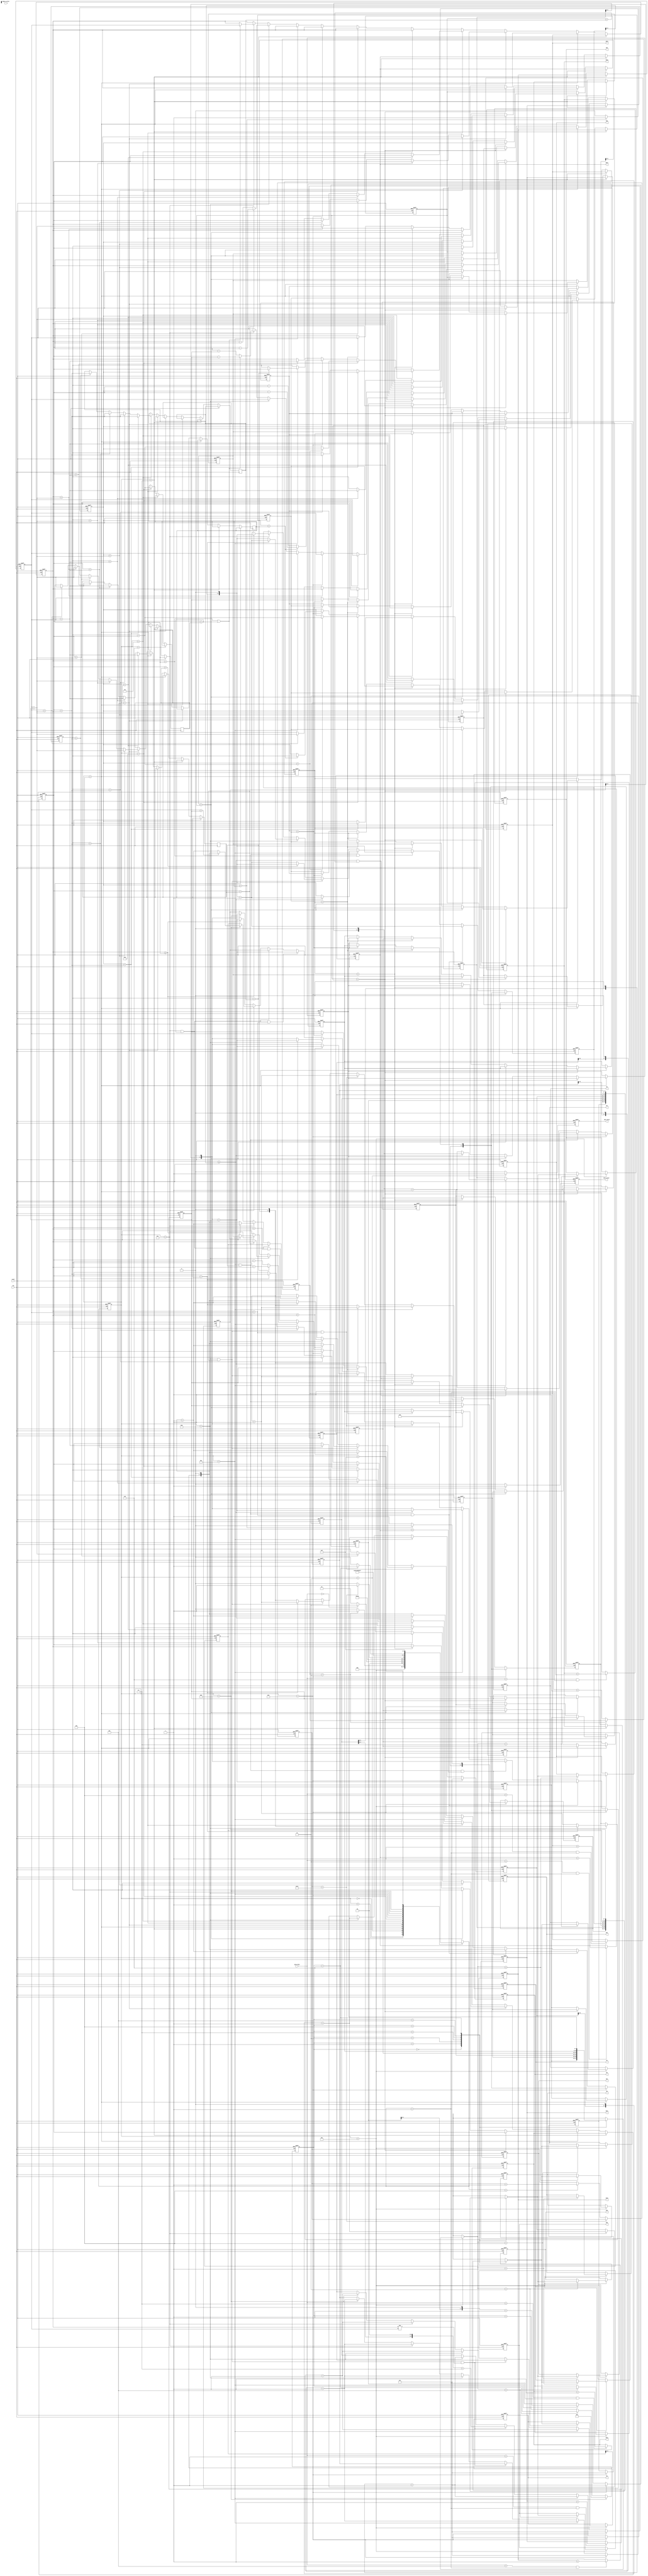
module huffman(clk, reset, gray_valid, gray_data, CNT_valid, CNT1, CNT2, CNT3, CNT4, CNT5, CNT6,code_valid, HC1, HC2, HC3, HC4, HC5, HC6, M1, M2, M3, M4, M5, M6);

input clk;
input reset;
input gray_valid;
input [7:0] gray_data;
output reg CNT_valid;
output reg [7:0] CNT1, CNT2, CNT3, CNT4, CNT5, CNT6;
output reg code_valid;
output reg [7:0] HC1, HC2, HC3, HC4, HC5, HC6;
output reg [7:0] M1, M2, M3, M4, M5, M6;
//----------------------------------------------------------------------------------
reg [2:0] counter_delay ;
reg [2:0] counter_HC ;
reg [4:0] counter_compare ;
reg [3:0] state, Next_state ;
reg [7:0] comb1_number=8'd0 ;
reg [7:0] comb2_number=8'd0 ;
reg [7:0] comb3_number=8'd0 ;
reg [7:0] comb4_number=8'd0 ;
reg [7:0] CNT_1, CNT_2, CNT_3, CNT_4, CNT_5, CNT_6 ;

reg [7:0] A [1:6] ;
reg [7:0] P [1:6] ;
reg [7:0] code [1:6] ; 
reg [7:0] M [1:6] ; 

integer i ;
parameter read_data = 4'd0 ; 
parameter count_data = 4'd1 ;
parameter count_out = 4'd2 ;
parameter give_data = 4'd3 ;
parameter compare_data = 4'd4 ;
parameter comb1 = 4'd5 ;
parameter comb2 = 4'd6 ;
parameter comb3 = 4'd7 ;
parameter comb4 = 4'd8 ;
parameter split1 = 4'd9 ;
parameter split2 = 4'd10 ;
parameter split3 = 4'd11 ;
parameter split4 = 4'd12 ;
parameter split5 = 4'd13 ;
parameter check = 4'd14 ;
parameter finish = 4'd15 ;


always @(posedge clk or posedge reset)  //delay for gray_valid
begin
	if (reset) 
	begin
	    counter_delay <= 3'd0 ;
	end
	else begin
		if (counter_delay == 3'd2)
		   counter_delay <= counter_delay ;
		else
		   counter_delay <= counter_delay + 1'd1 ;
	end
end

always @(posedge clk or posedge reset)  // counter for HC
begin
	if (reset) 
	begin
	    counter_HC <= 3'd0 ;
	end
	else begin
	   if (state == split5)
	      counter_HC <= 3'd1 ;
		else if (counter_HC == 3'd6)
		   counter_HC <= counter_HC ;
		else
		   counter_HC <= counter_HC + 1'd1 ;
	end
end

always @(posedge clk or posedge reset)  //counter for compare
begin
	if (reset) 
	begin
	    counter_compare <= 5'd0 ;
	end
	else begin
		if (counter_compare == 5'd20)
		   counter_compare <= counter_compare ;
		else if (Next_state == compare_data)
		   counter_compare <= counter_compare + 1'd1 ;
	end
end

always@ (posedge clk or posedge reset) // CN1 output
begin
	if (reset)
	    CNT1 <= 8'd0 ;
	else if (gray_data == 8'd1 && Next_state == count_data)
	    CNT1 <= CNT1 + 1'd1 ;
end

always@ (posedge clk or posedge reset) // CN2 output
begin
	if (reset)
	    CNT2 <= 8'd0 ;
	else if (gray_data == 8'd2 && Next_state == count_data)
	    CNT2 <= CNT2 + 1'd1 ;
end

always@ (posedge clk or posedge reset) // CN3 output
begin
	if (reset)
	    CNT3 <= 8'd0 ;
	else if (gray_data == 8'd3 && Next_state == count_data)
	    CNT3 <= CNT3 + 1'd1 ;
end

always@ (posedge clk or posedge reset) // CN4 output
begin
	if (reset)
	    CNT4 <= 8'd0 ;
	else if (gray_data == 8'd4 && Next_state == count_data)
	    CNT4 <= CNT4 + 1'd1 ;
end

always@ (posedge clk or posedge reset) // CN5 output
begin
	if (reset)
	    CNT5 <= 8'd0 ;
	else if (gray_data == 8'd5 && Next_state == count_data)
	    CNT5 <= CNT5 + 1'd1 ;
end

always@ (posedge clk or posedge reset) // CN6 output
begin
	if (reset)
	    CNT6 <= 8'd0 ;
	else if (gray_data == 8'd6 && Next_state == count_data)
	    CNT6 <= CNT6 + 1'd1 ;
end

always @(posedge clk or posedge reset) // code_valid output
begin
	if (reset) 
	    code_valid <= 1'd0 ;
	else 
		code_valid <= (state == finish)? 1'd1 : 1'd0 ;
end

always @(posedge clk or posedge reset) // CNT_vaild output
begin
	if (reset) 
	    CNT_valid <= 1'd0 ;
	else 
		CNT_valid <= (state == count_out)? 1'd1 : 1'd0 ;
end

always @(posedge clk or posedge reset)
begin
	if (reset)
	   state <= read_data ;
	else
	   state <= Next_state ;
end

always @(posedge clk or posedge reset) // give data for CNT_1~6
begin
 	if (reset)
 	begin
 		CNT_1 <= 8'd0 ;
 		CNT_2 <= 8'd0 ;
 		CNT_3 <= 8'd0 ;
 		CNT_4 <= 8'd0 ;
 		CNT_5 <= 8'd0 ;
 		CNT_6 <= 8'd0 ;
 	end
 	else if (state == give_data)
 	begin
 	   CNT_1 <= CNT1 ;
 		CNT_2 <= CNT2 ;
 		CNT_3 <= CNT3 ;
 		CNT_4 <= CNT4 ;
 		CNT_5 <= CNT5 ;
 		CNT_6 <= CNT6 ;
 	end
 	else if (state == compare_data)
 	begin
	   if (CNT_2 > CNT_1)
	   begin
	     	CNT_1 <= CNT_2 ;
	     	CNT_2 <= CNT_1 ;
	     	end
	   else if (CNT_3 > CNT_2)
	   begin
	     	CNT_2 <= CNT_3 ;
	     	CNT_3 <= CNT_2 ;

	    end
	    else if (CNT_4 > CNT_3)
	    begin
	     	CNT_3 <= CNT_4 ;
	     	CNT_4 <= CNT_3 ;
	   end
	   else if (CNT_5 > CNT_4)
	   begin
	     	CNT_4 <= CNT_5 ;
	     	CNT_5 <= CNT_4 ;
	   end
	   else if (CNT_6 > CNT_5)
	   begin
	     	CNT_5 <= CNT_6 ;
	     	CNT_6 <= CNT_5 ;
	   end
 	end
end

always @(posedge clk or posedge reset) // compare_data
begin
   if (reset)
   begin
      A[1]<= 8'd1 ;      
      A[2]<= 8'd2 ;
      A[3]<= 8'd3 ;
      A[4]<= 8'd4 ;
      A[5]<= 8'd5 ;
      A[6]<= 8'd6 ;      
   end
	else begin
	if (state == compare_data)
	begin
	   if (CNT_2 > CNT_1)
	   begin
	      A[1] <= A[2] ;
	      A[2] <= A[1] ;
	   end
	   else if (CNT_3 > CNT_2)
	   begin
	      A[2] <= A[3] ;
	      A[3] <= A[2] ;
	   end
	   else if (CNT_4 > CNT_3)
	   begin
	      A[3] <= A[4] ;
	      A[4] <= A[3] ;
	   end
	   else if (CNT_5 > CNT_4)
	   begin
	      A[4] <= A[5] ;
	      A[5] <= A[4] ;
	   end
	   else if (CNT_6 > CNT_5)
	   begin
	      A[5] <= A[6] ;
	      A[6] <= A[5] ;
	   end
	end
	end
end

always @(posedge clk or posedge reset) //for comb1
begin
	if (reset) 
	begin
	   for(i=1; i<7; i=i+1)
	   begin
	   	P[i] <= 8'd0 ;
	   end
	end
	else begin
	if (state == give_data)
	begin
	   P[1] <= CNT1 ;
	   P[2] <= CNT2 ;
	   P[3] <= CNT3 ;
	   P[4] <= CNT4 ;
	   P[5] <= CNT5 ;
	   P[6] <= CNT6 ;
	end
	else if (state == compare_data)
	begin
	      if (CNT_2 > CNT_1)
	      begin
	     	   P[1] <= P[2] ;
	     	   P[2] <= P[1] ;
	     	end
	      else if (CNT_3 > CNT_2)
	      begin
	     	   P[2] <= P[3] ;
	     	   P[3] <= P[2] ;
	     	end
	      else if (CNT_4 > CNT_3)
	      begin
	     	   P[3] <= P[4] ;
	     	   P[4] <= P[3] ;
	      end
	      else if (CNT_5 > CNT_4)
	      begin
	     	   P[4] <= P[5] ;
	     	   P[5] <= P[4] ;
	      end
	      else if (CNT_6 > CNT_5)
	      begin
	     	   P[5] <= P[6] ;
	     	   P[6] <= P[5] ;
	      end
	end
	else if (state == comb1)
		begin
		   if (P[1] < P[5]+P[6])
		   begin
		      comb1_number <= P[5]+P[6] ;
		      P[1] <= P[5]+P[6] ;
		      P[2] <= P[1] ;
		      P[3] <= P[2] ;
		      P[4] <= P[3] ;
		      P[5] <= P[4] ;
		   end
		   else if (P[2] < P[5]+P[6])
		   begin
		      comb1_number <= P[5]+P[6] ;
		      P[2] <= P[5]+P[6] ;
		      P[3] <= P[2] ;
		      P[4] <= P[3] ;
		      P[5] <= P[4] ;
		   end
		   else if (P[3] < P[5]+P[6])
		   begin
		      comb1_number <= P[5]+P[6] ;
		      P[3] <= P[5]+P[6] ;
		      P[4] <= P[3] ;
		      P[5] <= P[4] ;
		   end
		   else if (P[4] < P[5]+P[6])
		   begin
		      comb1_number <= P[5]+P[6] ;
		      P[4] <= P[5]+P[6] ;
		      P[5] <= P[4] ;
		   end
		   else if (P[5] < P[5]+P[6])
		   begin
		      comb1_number <= P[5]+P[6] ;
		      P[5] <= P[5]+P[6] ;
		   end
      end
      else if (state == comb2)                   // comb2
	   begin
		   if (P[1] < P[4]+P[5])
		   begin
		      comb2_number <= P[4]+P[5] ;
		      P[1] <= P[4]+P[5] ;
		      P[2] <= P[1];
		      P[3] <= P[2];
		      P[4] <= P[3];
		   end
		   else if (P[1] < P[4]+P[5])
		   begin
		      comb2_number <= P[4]+P[5] ;
		      P[1] <= P[4]+P[5] ;
		      P[2] <= P[2];
		      P[3] <= P[3];
		   end
		   else if (P[2] < P[4]+P[5])
		   begin
		      comb2_number <= P[4]+P[5] ;
		      P[2] <= P[4]+P[5] ;
		      P[3] <= P[3];
		   end
		   else if (P[3] < P[4]+P[5])
		   begin
		      comb2_number <= P[4]+P[5] ;
		      P[3] <= P[4]+P[5] ;
		      P[4] <= P[3] ;
		   end
		   else if (P[3] > P[4]+P[5 ])
		   begin
		      comb2_number <= P[4]+P[5] ;
		      P[4] <= P[4]+P[5] ;
		   end
	   end
	   else if (state == comb3)         //comb3
		begin
		   if (P[1] < P[3]+P[4])
		   begin
		      comb3_number <= P[3]+P[4] ;
		   	P[1] <= P[3]+P[4] ;
		   	P[2] <= P[1] ;
		   	P[3] <= P[2] ;
		   end 
		   else if (P[2] < P[3]+P[4])
		   begin
		      comb3_number <= P[3]+P[4] ;
		   	P[2] <= P[3]+P[4] ;
		   	P[3] <= P[2] ;
		   end
		   else if (P[2] > P[3]+P[4])
		   begin
		      comb3_number <= P[3]+P[4] ;
		   	P[3] <= P[3]+P[4] ;
		   end
		   else if (P[2] == P[3]+P[4])
		   begin
		   	comb3_number <= P[3]+P[4] ;
		   	P[3] <= P[3]+P[4] ;
		   end
      end
      else if (state == comb4)  //comb4
		begin
		   if (P[1] < P[2]+P[3]) 
		   begin
		      comb4_number <= P[2]+P[3] ;
		   	P[1] <= P[2]+P[3] ;
          	P[2] <= P[1] ;
		   end
		   else begin
		      comb4_number <= P[2]+P[3] ;
		      P[2] <= P[2]+P[3] ;
		   end
      end
      else if (state == split1) // for split1
		begin
		   if (P[1] == comb4_number)
		   begin
		      P[1] <= P[2] ;
		      P[2] <= P[1]-P[3] ;
		   end
		   else begin
		      P[2] <= P[2]-P[3] ;
		   end
	   end
	   else if (state == split2)
	   begin
		   if (P[2] == comb3_number) //for split2
		   begin
		      P[2] <= P[3] ;
		      P[3] <= P[2]-P[4] ;
		   end
		   else begin
            P[3] <= P[3]-P[4] ;
		   end
      end
      else if (state == split3) //for split3
	   begin
		   if (P[3] == comb2_number)
		   begin
		      P[3] <= P[4] ;
		      P[4] <= P[3]-P[5] ;
		   end
		   else begin
            P[4] <= P[4]-P[5] ;
		   end
      end
      else if (state == split4)
	   begin
		   if (P[4] == comb1_number || P[3] == comb1_number)
		   begin
		      P[3] <= CNT_3 ; 
		      P[4] <= P[5] ;
		      P[5] <= P[3]-P[6] ;
		   end
		   else begin
            P[5] <= P[5]-P[6] ; 
		   end
      end
	end
end

//-------------------------------------------  huffman_code
always @(posedge clk or posedge reset)  
begin
   if (reset)
   begin
   	code[1] <= 8'd0 ;
   end
   else begin
      if (state == split1)
      	code[1] <= (P[1] > comb4_number)? 8'd0 : 8'd1 ;
   end
end

always @(posedge clk or posedge reset)  
begin
   if (reset)
   begin
   	code[2] <= 8'd0 ;
   end
   else begin
      if (state == split1)
      	code[2] <= (P[1] > comb4_number)? 8'd1 : 8'd0 ;
      else if (state == split2 && P[2] == comb3_number)
         code[2] <= (P[2] >= comb3_number && CNT_2 == comb3_number)? code[2]<<1 : (code[2]<<1)+1 ;
      else if (state == split2)
      	code[2] <= (P[2] >= comb3_number)? code[2]<<1 : (code[2]<<1)+1 ;
   end
end

always @(posedge clk or posedge reset)  
begin
   if (reset)
   begin
   	code[3] <= 8'd0 ;
   end
   else begin
      if (state == split1)
      	code[3] <= (P[1] > comb4_number)? 8'd1 : 8'd0 ; 
      else if (state == split2 && P[2] == comb3_number)
         code[3] <= (P[2] >= comb3_number && CNT_2 == comb3_number)? (code[3]<<1)+1 : code[3]<<1 ;
      else if (state == split2)
         code[3] <= (P[2] >= comb3_number )? (code[3]<<1)+1 : code[3]<<1 ;
      else if (state == split3 && P[3] == comb2_number && P[4] == P[5])
         code[3] <= (code[3]<<1)+1 ;
      else if (state == split3 && P[3] == comb2_number)
         code[3] <= (P[3] > comb2_number)? (code[3]<<1)+1 : code[3]<<1 ;
      else if (state == split3)
      	code[3] <= (P[3] > comb2_number)? code[3]<<1 : (code[3]<<1)+1 ;
   end
end

always @(posedge clk or posedge reset)  
begin
   if (reset)
   begin
   	code[4] <= 8'd0 ;
   end
   else begin
      if (state == split1)
      	code[4] <= (P[1] > comb4_number)? 8'd1 : 8'd0 ;
      else if (state == split2 && P[2] == comb3_number && P[4] == P[5])
      	code[4] <= (code[4]<<1)+1 ;
      else if (state == split2 && P[2] == comb3_number && P[4] == comb1_number)
      	code[4] <= code[4]<<1 ;
      else if (state == split2)
      	code[4] <= (P[2] >= comb3_number)? (code[4]<<1)+1 : code[4]<<1 ;
      else if (state == split3 && P[3] == comb2_number)
      	code[4] <= (P[3] > comb1_number)? code[4]<<1 : (code[4]<<1)+1 ;
      else if (state == split3)
      	code[4] <= (P[3] > comb2_number)? (code[4]<<1)+1 : code[4]<<1 ;
      else if (state == split4)
      	code[4] <= (P[4] >= comb1_number)? code[4]<<1 : (code[4]<<1)+1 ;
   end
end

always @(posedge clk or posedge reset)  
begin
   if (reset)
   begin
   	code[5] <= 8'd0 ;
   end
   else begin
      if (state == split1)
      	code[5] <= (P[1] > comb4_number)? 8'd1 : 8'd0 ;
      else if (state == split2 && P[2] == comb3_number && P[4] == P[5])
      	code[5] <= (code[5]<<1)+1 ;
      else if (state == split2 && P[2] == comb3_number && P[3] == CNT2)
         code[5] <= code[5]<<1 ;
      else if (state == split2)
      	code[5] <= (P[2] >= comb3_number)? (code[5]<<1)+1 : code[5]<<1 ;
       else if (state == split3 && P[3] == comb2_number && P[4] == P[5])
           code[5] <= (P[3] > P[4])? code[5]<<1 : (code[5]<<1)+1 ;
      else if (state == split3 && P[3] == comb2_number)
           code[5] <= (P[3] > P[4])? (code[5]<<1)+1 : code[5]<<1 ;
      else if (state == split3)
      	code[5] <= (P[3] > comb2_number)? (code[5]<<1)+1 : code[5]<<1 ;
      else if (state == split4 && P[3] == comb1_number && P[3]==P[4])
      	code[5] <= (code[5]<<1)+1 ;
      else if (state == split4 && P[3] == comb1_number)
      	code[5] <= code[5] ;
      else if (state == split4)
      	code[5] <= (P[4] >= comb1_number)? (code[5]<<1)+1 : code[5]<<1 ;
      else if (state == split5)
      	code[5] <= (P[5] > P[6])? code[5]<<1 : (code[5]<<1)+1 ;

   end
end

always @(posedge clk or posedge reset)  
begin
   if (reset)
   begin
   	code[6] <= 8'd0 ;
   end
   else begin
      if (state == split1)
      	code[6] <= (P[1] > comb4_number)? 8'd1 : 8'd0 ;
      else if (state == split2 && P[2] == comb3_number && P[4] == P[5])
      	code[6] <= (code[6]<<1)+1 ;
      else if (state == split2 && P[2] == comb3_number && P[3] == CNT2)
         code[6] <= code[6]<<1 ;
      else if (state == split2)
      	code[6] <= (P[2] >= comb3_number)? (code[6]<<1)+1 : code[6]<<1 ;
      else if (state == split3 && P[3] == comb2_number && P[4] == P[5])
           code[6] <= code[6]<<1 ;
      else if (state == split3 && P[3] == comb2_number)
           code[6] <= (P[3] > P[4])? (code[6]<<1)+1 : code[6]<<1 ;
      else if (state == split3)
      	code[6] <= (P[3] > comb2_number)? (code[6]<<1)+1 : code[6]<<1 ;
      else if (state == split4 && P[3] == comb1_number && P[4] == P[5])
      	code[6] <= (code[6]<<1)+1 ;
      else if (state == split4 && P[3] == comb1_number)
      	code[6] <= code[6] ;
      else if (state == split4)
      	code[6] <= (P[4] >= comb1_number)? (code[6]<<1)+1 : code[6]<<1 ;
      else if (state == split5)
      	code[6] <= (code[6]<<1)+1 ;
   end
end

//-------------------------------------------  M_code
always @(posedge clk or posedge reset)  
begin
   if (reset)
   begin
   	M[1] <= 8'd0 ;
   end
   else begin
      if (state == split1)
      	M[1] <= (P[1] > comb4_number)? 8'd1 : 8'd1 ;
   end
end

always @(posedge clk or posedge reset)  
begin
   if (reset)
   begin
   	M[2] <= 8'd0 ;
   end
   else begin
      if (state == split1)
      	M[2] <= (P[1] > comb4_number)? 8'd1 : 8'd1 ;
      else if (state == split2)
      	M[2] <= (P[2] >= comb3_number && CNT2 == comb3_number)? (M[2]<<1)+1 : (M[2]<<1)+1 ;
   end
end

always @(posedge clk or posedge reset)  
begin
   if (reset)
   begin
   	M[3] <= 8'd0 ;
   end
   else begin
      if (state == split1)
      	M[3] <= (P[1] > comb4_number)? 8'd1 : 8'd1 ;
      else if (state == split2)
      	M[3] <= (P[2] >= comb3_number && CNT2 == comb3_number)? (M[3]<<1)+1 : (M[3]<<1)+1 ;
      else if (state == split3 && P[3] == comb2_number && P[4] != P[5])
         M[3] <= (M[3]<<2)+3 ;
      else if (state == split3)
      	M[3] <= (P[3] > comb2_number)? (M[3]<<1)+1 : (M[3]<<1)+1 ;
   end
end

always @(posedge clk or posedge reset)  
begin
   if (reset)
   begin
   	M[4] <= 8'd0 ;
   end
   else begin
      if (state == split1)
      	M[4] <= (P[1] > comb4_number)? 8'd1 : 8'd1 ;
      else if (state == split2)
      	M[4] <= (P[2] >= comb3_number && CNT2 == comb3_number)? (M[4]<<1)+1 : (M[4]<<1)+1 ;
      else if (state == split3)
      	M[4] <= (P[3] > comb2_number)? (M[4]<<1)+1 : (M[4]<<1)+1 ;
      else if (state == split4)
      	M[4] <= (P[4] > comb1_number)? (M[4]<<1)+1 : (M[4]<<1)+1 ;
   end
end

always @(posedge clk or posedge reset)  
begin
   if (reset)
   begin
   	M[5] <= 8'd0 ;
   end
   else begin
      if (state == split1)
      	M[5] <= (P[1] > comb4_number)? 8'd1 : 8'd1 ;
      else if (state == split2)
      	M[5] <= (P[2] >= comb3_number && CNT2 == comb3_number)? (M[5]<<1)+1 : (M[5]<<1)+1 ;
      else if (state == split3 && P[3] == comb2_number && P[4] != P[5])
         M[5] <= M[5] ;
      else if (state == split3)
      	M[5] <= (P[3] > comb2_number)? (M[5]<<1)+1 : (M[5]<<1)+1 ;
      else if (state == split4)
      	M[5] <= (P[4] > comb1_number)? (M[5]<<1)+1 : (M[5]<<1)+1 ;
      else if (state == split5)
      	M[5] <= (P[5] > P[6])? (M[5]<<1)+1 : (M[5]<<1)+1 ;

   end
end

always @(posedge clk or posedge reset)  
begin
   if (reset)
   begin
   	M[6] <= 8'd0 ;
   end
   else begin
      if (state == split1)
      	M[6] <= (P[1] > comb4_number)? 8'd1 : 8'd1 ;
      else if (state == split2)
      	M[6] <= (P[2] >= comb3_number && CNT2 == comb3_number)? (M[6]<<1)+1 : (M[6]<<1)+1 ;
      else if (state == split3 && P[3] == comb2_number && P[4] != P[5])
         M[6] <= M[6] ;
      else if (state == split3)
      	M[6] <= (P[3] > comb2_number)? (M[6]<<1)+1 : (M[6]<<1)+1 ;
      else if (state == split4)
      	M[6] <= (P[4] > comb1_number)? (M[6]<<1)+1 : (M[6]<<1)+1 ;
      else if (state == split5)
      	M[6] <= (M[6]<<1)+1 ;
   end
end
//---------------------------------------------------------  HC_OUT
always @(posedge clk or posedge reset)
begin
	if (reset)
	begin
		HC1 <= 8'd0 ;
	end
	else begin
	   if (state == check)
	   begin
	      HC1 <= (A[counter_HC] == 8'd1)? code[counter_HC] : HC1 ;
	   end
	end
end

always @(posedge clk or posedge reset)
begin
	if (reset)
	begin
		HC2 <= 8'd0 ;
	end
	else begin
	    if (state == check)
	   begin
	      HC2 <= (A[counter_HC] == 8'd2)? code[counter_HC] : HC2 ;
	   end
	end
end

always @(posedge clk or posedge reset)
begin
	if (reset)
	begin
		HC3 <= 8'd0 ;
	end
	else begin
	   if (state == check)
	   begin     
	      HC3 <= (A[counter_HC] == 8'd3)? code[counter_HC] : HC3 ;
	   end
	end
end

always @(posedge clk or posedge reset)
begin
	if (reset)
	begin
		HC4 <= 8'd0 ;
	end
	else begin
	   if (state == check)
	   begin
	      HC4 <= (A[counter_HC] == 8'd4)? code[counter_HC] : HC4 ;
	   end
	end
end

always @(posedge clk or posedge reset)
begin
	if (reset)
	begin
		HC5 <= 8'd0 ;
	end
	else begin
	   if (state == check)
	   begin
	      HC5 <= (A[counter_HC] == 8'd5)? code[counter_HC] : HC5 ;
	   end
	end
end

always @(posedge clk or posedge reset)
begin
	if (reset)
	begin
		HC6 <= 8'd0 ;
	end
	else begin
	   if (state == check)
	   begin
	      HC6 <= (A[counter_HC] == 8'd6)? code[counter_HC] : HC6 ;
	   end
	end
end
//---------------------------------------------------------  M_OUT
always @(posedge clk or posedge reset)
begin
	if (reset)
	begin
		M1 <= 8'd0 ;
	end
	else begin
	   if (state == check)
	   begin
	     M1 <= (A[counter_HC] == 8'd1)? M[counter_HC] : M1 ;
	   end
	end
end

always @(posedge clk or posedge reset)
begin
	if (reset)
	begin
		M2 <= 8'd0 ;
	end
	else begin
	    if (state == check)
	   begin
	      M2 <= (A[counter_HC] == 8'd2)? M[counter_HC] : M2 ;
	   end
	end
end

always @(posedge clk or posedge reset)
begin
	if (reset)
	begin
		M3 <= 8'd0 ;
	end
	else begin
	   if (state == check)
	   begin     
	      M3 <= (A[counter_HC] == 8'd3)? M[counter_HC] : M3 ;
	   end
	end
end

always @(posedge clk or posedge reset)
begin
	if (reset)
	begin
		M4 <= 8'd0 ;
	end
	else begin
	   if (state == check)
	   begin
	      M4 <= (A[counter_HC] == 8'd4)? M[counter_HC] : M4 ;
	   end
	end
end

always @(posedge clk or posedge reset)
begin
	if (reset)
	begin
		M5 <= 8'd0 ;
	end
	else begin
	   if (state == check)
	   begin
	      M5 <= (A[counter_HC] == 8'd5)? M[counter_HC] : M5 ;
	   end
	end
end

always @(posedge clk or posedge reset)
begin
	if (reset)
	begin
		M6 <= 8'd0 ;
	end
	else begin
	   if (state == check)
	   begin
	      M6 <= (A[counter_HC] == 8'd6)? M[counter_HC] : M6 ;
	   end
	end
end

//---------------------------------------------------------  stage_change
always @(*)
begin
	case(state)
	read_data:
	begin
	    if (counter_delay == 3'd2) 
	       Next_state = count_data ;
	    else
	       Next_state = read_data ;
	end
	count_data:
	begin
	 	if (gray_data == 1'd0)
	 	   Next_state = count_out ;
        else
         Next_state = count_data ;
	 end 
	 count_out: Next_state = give_data ;
	 give_data:
	        Next_state = compare_data ; 
	 compare_data: 
	 begin
	   if (counter_compare == 5'd20)
	      Next_state = comb1 ;
	   else
	      Next_state = compare_data ; 
	 end
	 comb1:
	     Next_state = comb2 ;
	 comb2:
	     Next_state = comb3 ;
	 comb3:
	     Next_state = comb4 ;
	 comb4:
	     Next_state = split1 ;
	 split1:
	     Next_state = split2 ;
	 split2:
	     Next_state = split3 ;
	 split3:
	     Next_state = split4 ;
	 split4:
	     Next_state = split5 ;
	 split5:
	     Next_state = check ;
	 check:
	 begin
	   if (counter_HC == 3'd6)
        Next_state = finish ;
      else
        Next_state = check ;
    end
	 finish: Next_state = finish ;
	 default: Next_state = read_data ;
	 endcase
end

endmodule